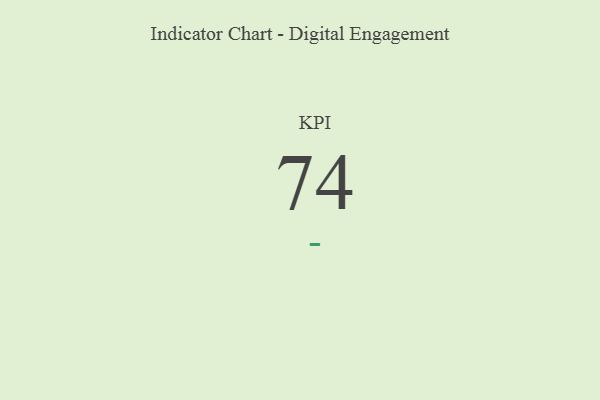
{"axis": {"x": "KPI", "y": "Value"}, "legend": [""], "data": [{"x": "KPI", "y": 74, "type": ""}]}